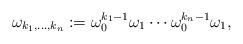
LaTeX: \begin{align*} \omega_{k_1,\ldots,k_n}:=\omega_0^{k_1-1}\omega_1 \cdots \omega_0^{k_n-1}\omega_1,\end{align*}